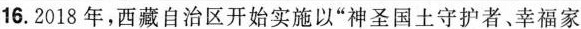
16.2018年，西藏自治区开始实施以”神圣国土守护者、幸福家